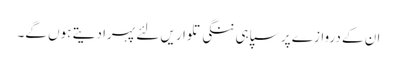
ان کے دروازے پر سپاہی ننگی تلواریں لئے پہرا دیتے ہوں گے۔